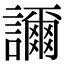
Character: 𧭉